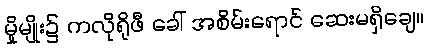
မှိုမျိုး၌ ကလိုရိုဖီ ခေါ် အစိမ်းရောင် ဆေးမရှိချေ။